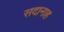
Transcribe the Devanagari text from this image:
सदानाह